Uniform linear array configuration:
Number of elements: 24
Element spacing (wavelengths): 0.25
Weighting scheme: hamming
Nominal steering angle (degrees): -30
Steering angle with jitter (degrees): -29.648
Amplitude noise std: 0.05
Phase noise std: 0.05

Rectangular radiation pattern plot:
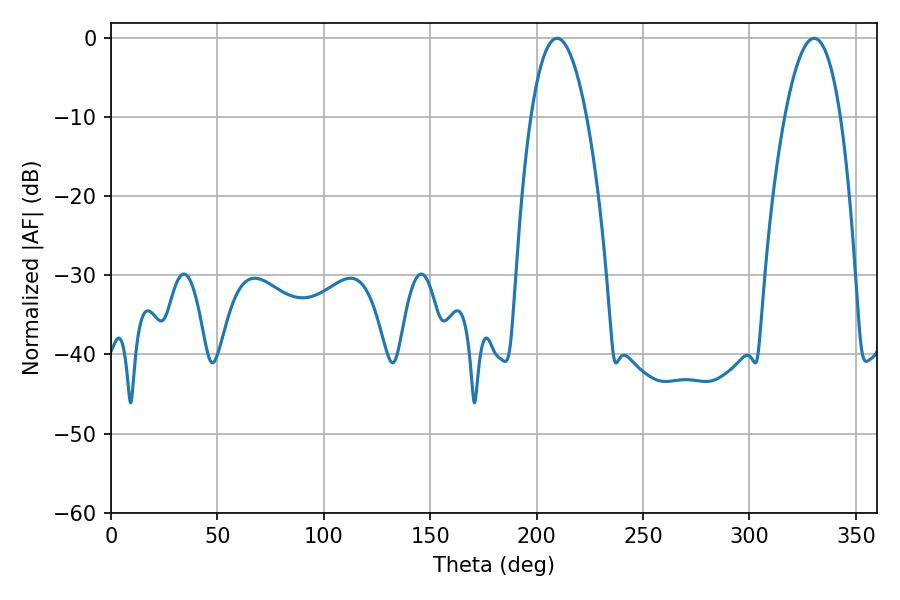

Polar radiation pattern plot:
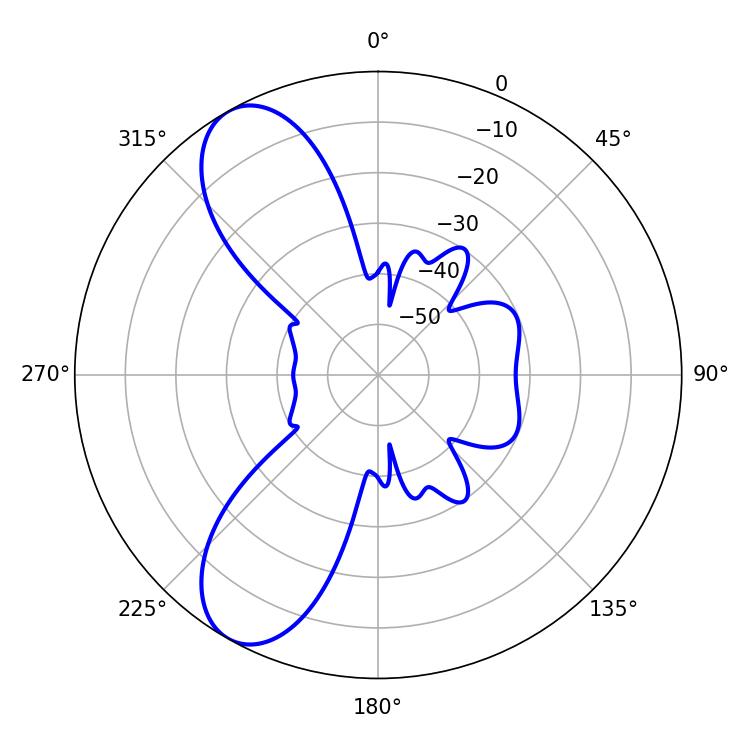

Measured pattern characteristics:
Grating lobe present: FALSE
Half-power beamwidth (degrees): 14.4
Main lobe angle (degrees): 209.52